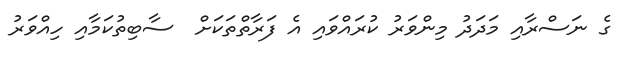
ގެ ނަސްރާއި މަދަދު މިންވަރު ކުރައްވައި އެ ފަރާތްތަކަށް  ސާބިތުކަމާއި ހިއްވަރު